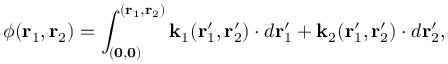
\phi ( \mathbf { r } _ { 1 } , \mathbf { r } _ { 2 } ) = \int _ { ( \mathbf { 0 } , \mathbf { 0 } ) } ^ { ( \mathbf { r } _ { 1 } , \mathbf { r } _ { 2 } ) } \mathbf { k } _ { 1 } ( \mathbf { r } _ { 1 } ^ { \prime } , \mathbf { r } _ { 2 } ^ { \prime } ) \cdot d \mathbf { r } _ { 1 } ^ { \prime } + \mathbf { k } _ { 2 } ( \mathbf { r } _ { 1 } ^ { \prime } , \mathbf { r } _ { 2 } ^ { \prime } ) \cdot d \mathbf { r } _ { 2 } ^ { \prime } ,